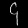
Digit: ၄